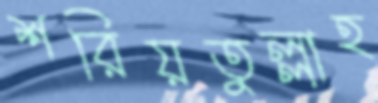
শরিয়তুল্লাহ